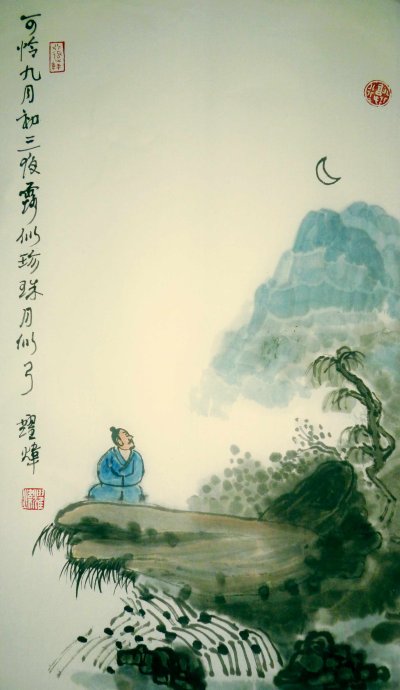
可怜九月初三夜，露似真珠月似弓。